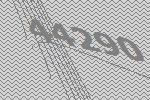
44290